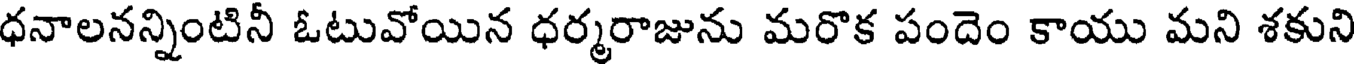
ధనాలనన్నింటినీ ఓటువోయిన ధర్మరాజును మరొక పందెం కాయు మని శకుని